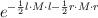
LaTeX: \begin{align*}e^{-\frac{1}{2} l \cdot M \cdot l-\frac{1}{2}r \cdot M \cdot r}\end{align*}